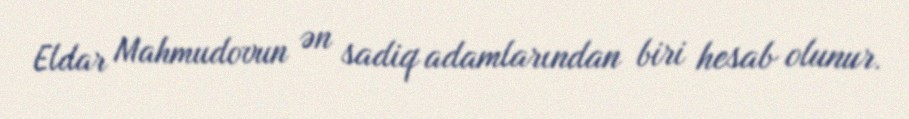
Eldar Mahmudovun ən sadiq adamlarından biri hesab olunur.